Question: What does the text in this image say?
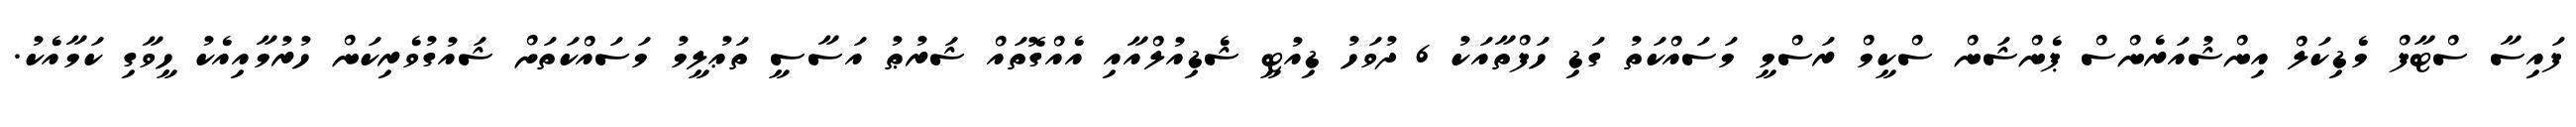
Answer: ފައިސާ ސްޓާފް މެޑިކަލް އިންޝުއަރެންސް ޕެންޝަން ސްކީމް ރަސްމީ މަސައްކަތު ގަޑި ހަފްތާއަކު 6 ދުވަހު ޑިއުޓީ ޝެޑިއުލްއާއި އެއްގޮތައް ޝަރުޠު އަސާސީ ތަޢުލީމު މަސައްކަތަށް ޝައުގުވެރިކަން ހުރުމާއިއެކު ހީވާގި ކަމާއެކު.